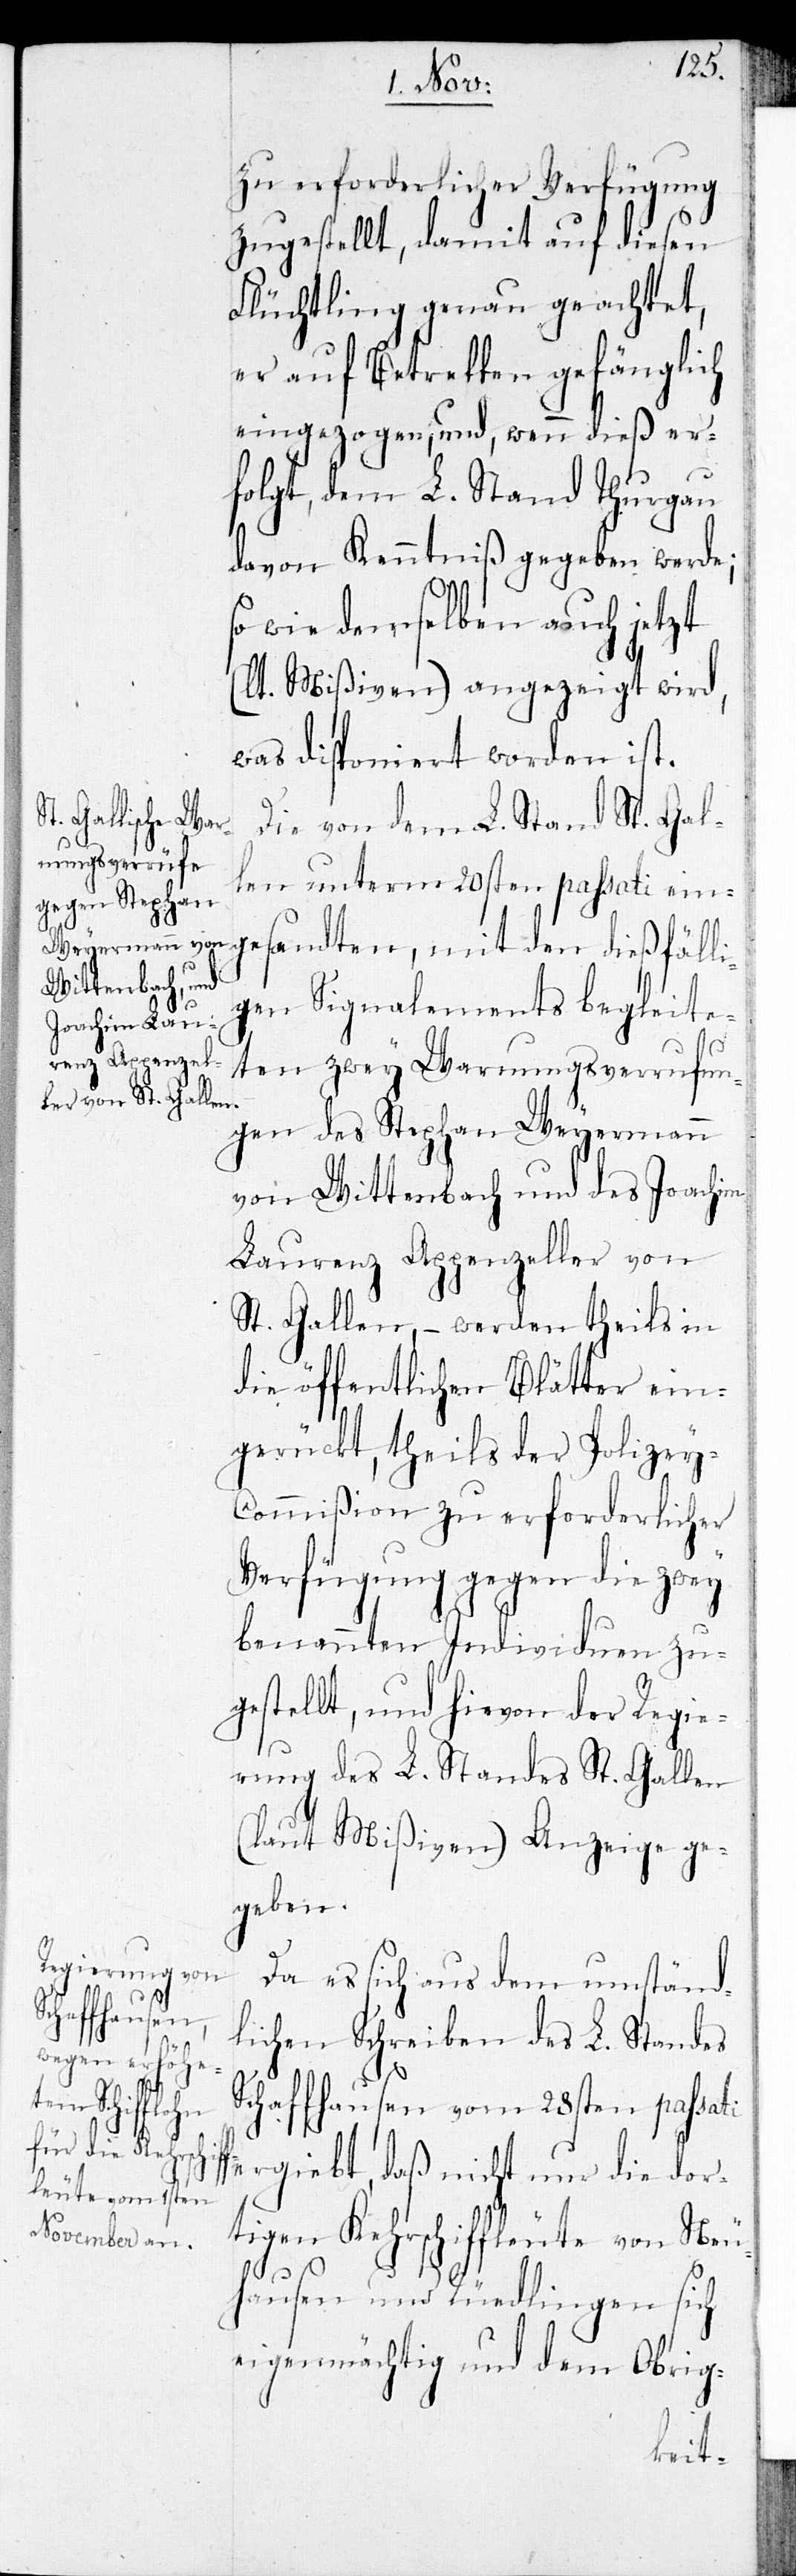
zu erforderlicher Verfügung
zugestellt, damit auf diesen
Flüchtling genau geachtet,
er auf Betreffen gefänglich
eingezogen, und, wenn dieß er¬
folgt, dem L. Stand Thurgau
davon Kenntniß gegeben werde;
wie demselben auch jetzt
(lt. Mißiven ) angezeigt wird,
was disponiert worden ist.
Die von dem L. Stand St. Gal¬
len unterm 20sten passati ein¬
gesandten, mit den dießfäll¬
igen Signalements begleite¬
ten zwey Warnungsverrufun¬
gen des Stephan Weyermann
von Wittenbach und des Joachim
Laurenz Appenzeller von
St. Gallen, – werden theils in
die öffentlichen Blätter ein¬
gerückt, theils der Polizey-C¬
ommißion zu erforderlicher
Verfügung gegen die zwey
benannten Individuen zu¬
gestellt, und hievon der Regie¬
rung des L. Standes St. Gallen
(laut Mißiven) Anzeige ge¬
geben.
Da es sich aus dem umständ¬
lichen Schreiben des L. Standes
Schaffhausen vom 28sten passati
ergiebt, daß nicht nur die dor¬
tigen Kehrschiffleute von Neu¬
hausen und Rüedlingen sich
eigenmächtig und dem Obrig-